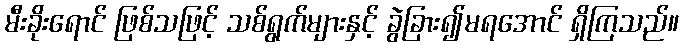
မီးခိုးရောင် ဖြစ်သဖြင့် သစ်ရွက်များနှင့် ခွဲခြား၍မရအောင် ရှိကြသည်။